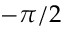
- \pi / 2